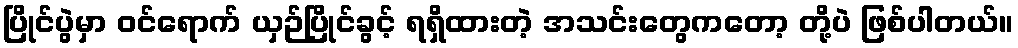
ပြိုင်ပွဲမှာ ဝင်ရောက် ယှဉ်ပြိုင်ခွင့် ရရှိထားတဲ့ အသင်းတွေကတော့ တို့ပဲ ဖြစ်ပါတယ်။